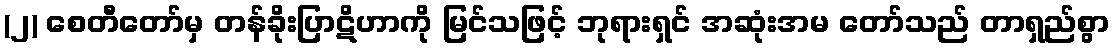
(၂) စေတီတော်မှ တန်ခိုးပြာဋိဟာကို မြင်သဖြင့် ဘုရားရှင် အဆုံးအမ တော်သည် တာရှည်စွာ